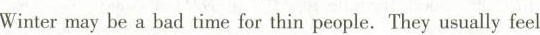
Winter may he a bad time for thin people. They usually feel